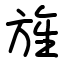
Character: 旌